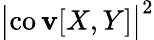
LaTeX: \bigl\vert\operatorname{co\mathbf{v}}[X,Y]\bigr\vert^{2}